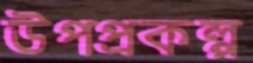
উপপ্রকল্প